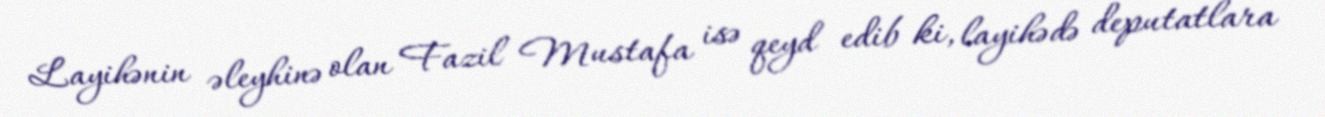
Layihənin əleyhinə olan Fazil Mustafa isə qeyd edib ki, layihədə deputatlara